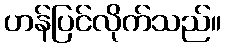
ဟန်ပြင်လိုက်သည်။